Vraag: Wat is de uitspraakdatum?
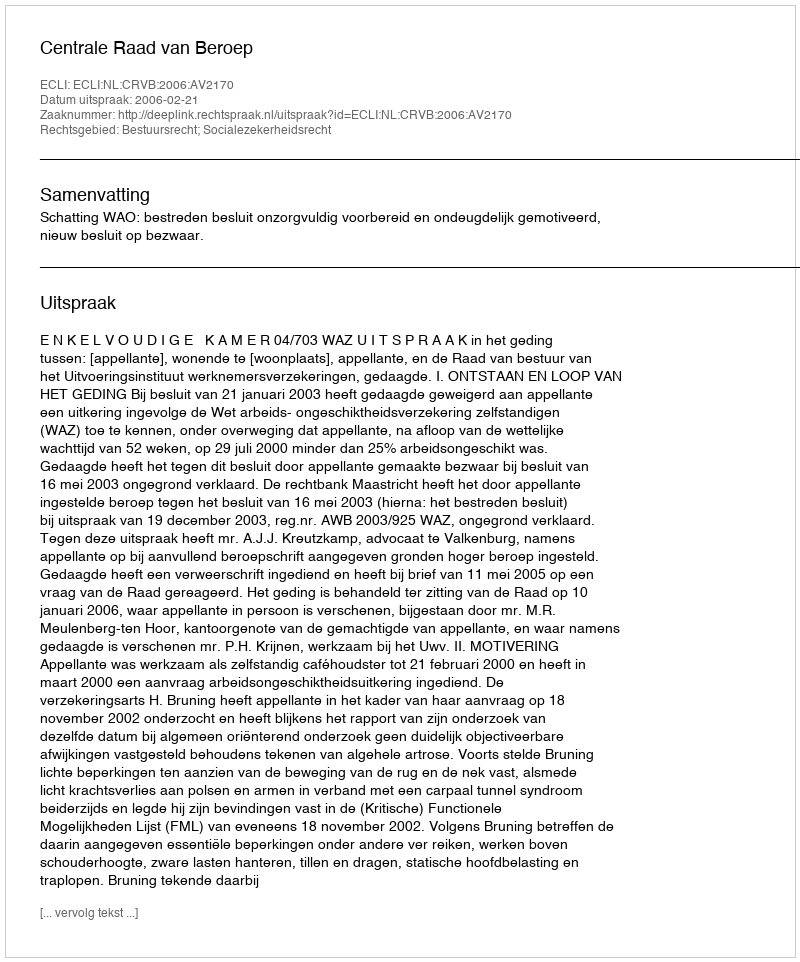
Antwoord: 2006-02-21